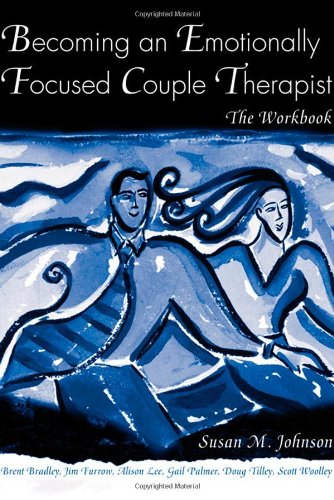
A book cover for Becoming an Emotionally Focused Couple Therapist: The Workbook; Susan M. Johnson; Engineering & Transportation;